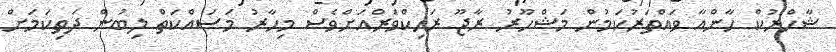
ޝާހްރުކް ހާންއާ ވައްތަރުކަމުން މަޝްހޫރު ރާޖޫ ރަހިކްވަރްއަށްވެސް މިހާރު މަސައްކަތް ލިބުން ދަތިކަމަށް